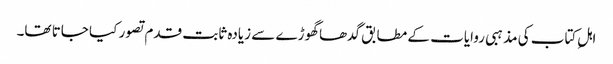
اہلِ کتاب کی مذہبی روایات کے مطابق گدھا گھوڑے سے زیادہ ثابت قدم تصور کیا جاتا تھا۔